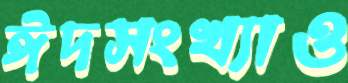
ঈদসংখ্যাও